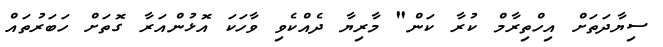
ސިޔާދަތަށް އިހްތިރާމް ކުރާ ކަން" މާރިޔާ ދެއްކެވި ވާހަކަ އޮޅުންއަރާ ގޮތަށް ހަބަރުތައް